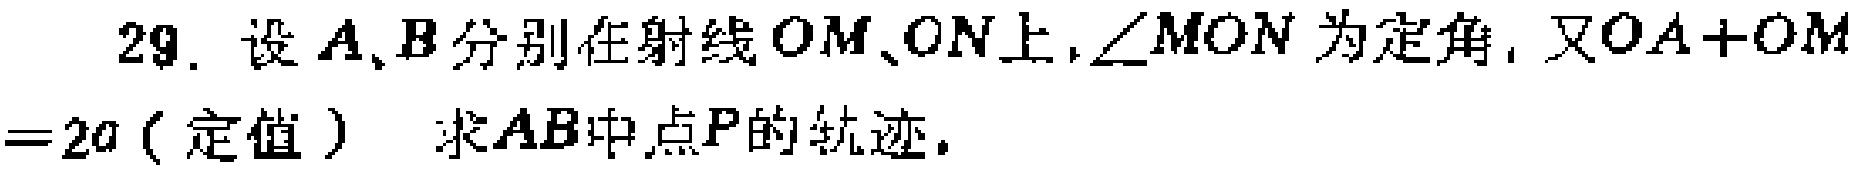
29. 设\(A\)、\(B\)分别在射线\(OM\)、\(ON\)上，\(\angle MON\)为定角，又\(OA + OB=2a\)（定值） 求\(AB\)中点\(P\)的轨迹。